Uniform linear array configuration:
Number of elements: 24
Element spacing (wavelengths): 1
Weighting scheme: exponential
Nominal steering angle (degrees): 45
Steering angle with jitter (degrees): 43.037
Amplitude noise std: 0.05
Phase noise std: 0.05

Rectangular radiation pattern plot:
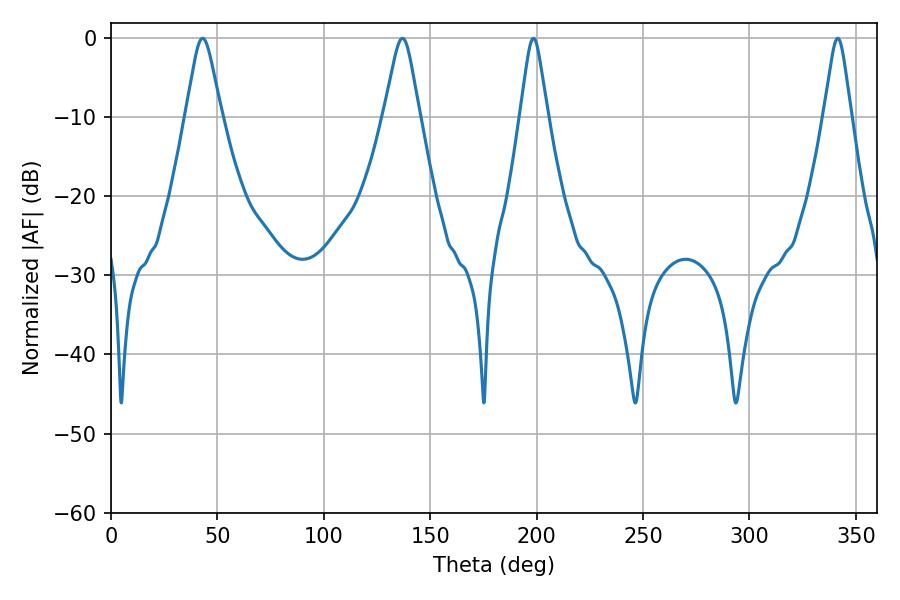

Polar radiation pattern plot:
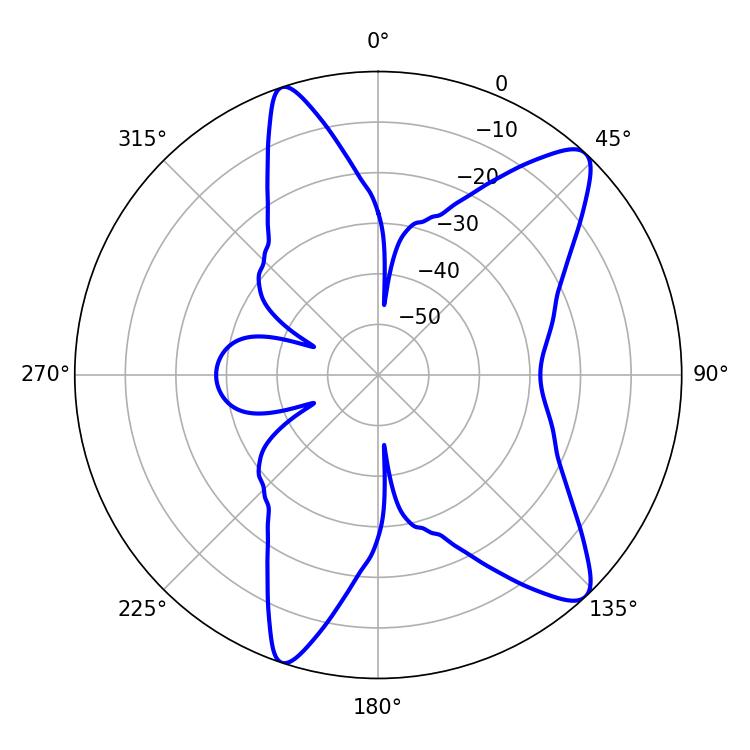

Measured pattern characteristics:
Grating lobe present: TRUE
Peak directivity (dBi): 11.197
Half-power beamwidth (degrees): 7.92
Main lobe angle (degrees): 43.02